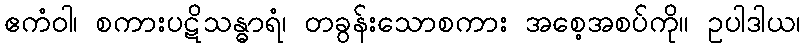
ဧကံဝါ၊ စကားပဋိသန္ဓာရံ၊ တခွန်းသောစကား အစေ့အစပ်ကို။ ဥပါဒါယ၊